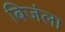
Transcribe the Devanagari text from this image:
बिजंला